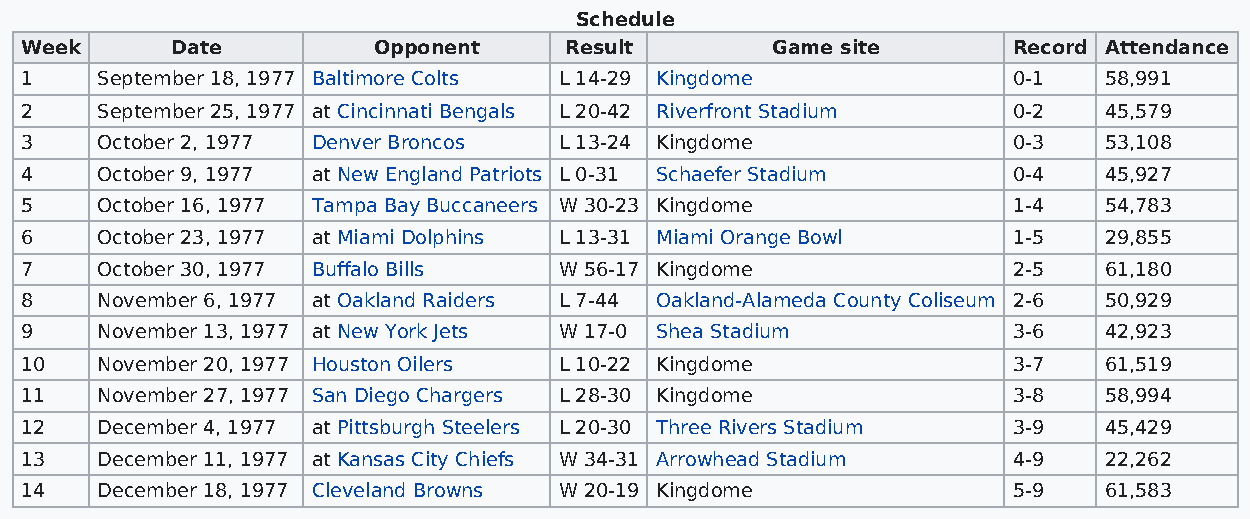
Schedule
 Week      Date          Opponent    Result        Game site       Record Attendance
 1    September 18, 1977 Baltimore Colts L 14-29 Kingdome          0-1   58,991
 2    September 25, 1977 at Cincinnati Bengals L 20-42 Riverfront Stadium 0-2 45,579
 3    October 2, 1977 Denver Broncos L 13-24 Kingdome              0-3   53,108
 4    October 9, 1977 at New England Patriots L 0-31 Schaefer Stadium 0-4 45,927
 5    October 16, 1977 Tampa Bay Buccaneers W 30-23 Kingdome       1-4   54,783
 6    October 23, 1977 at Miami Dolphins L 13-31 Miami Orange Bowl 1-5   29,855
 7    October 30, 1977 Buffalo Bills W 56-17 Kingdome              2-5   61,180
 8    November 6, 1977 at Oakland Raiders L 7-44 Oakland-Alameda County Coliseum 2-6 50,929
 9    November 13, 1977 at New York Jets W 17-0 Shea Stadium       3-6   42,923
 10   November 20, 1977 Houston Oilers L 10-22 Kingdome            3-7   61,519
 11   November 27, 1977 San Diego Chargers L 28-30 Kingdome        3-8   58,994
 12   December 4, 1977 at Pittsburgh Steelers L 20-30 Three Rivers Stadium 3-9 45,429
 13   December 11, 1977 at Kansas City Chiefs W 34-31 Arrowhead Stadium 4-9 22,262
 14   December 18, 1977 Cleveland Browns W 20-19 Kingdome          5-9   61,583